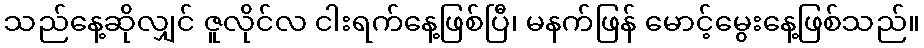
သည်နေ့ဆိုလျှင် ဇူလိုင်လ ငါးရက်နေ့ဖြစ်ပြီ၊ မနက်ဖြန် မောင့်မွေးနေ့ဖြစ်သည်။